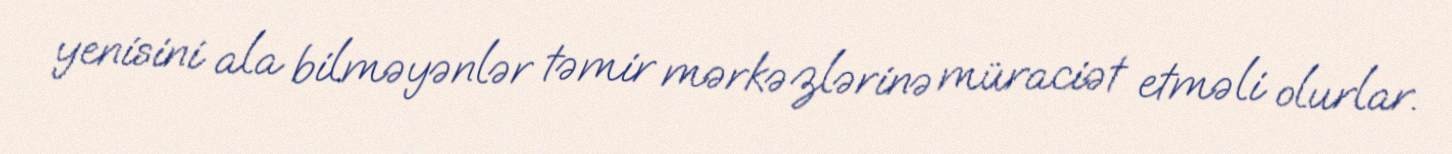
yenisini ala bilməyənlər təmir mərkəzlərinə müraciət etməli olurlar.